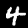
Label: 4